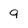
Character: 9